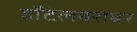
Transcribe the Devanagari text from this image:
हॉटेलबरोबर